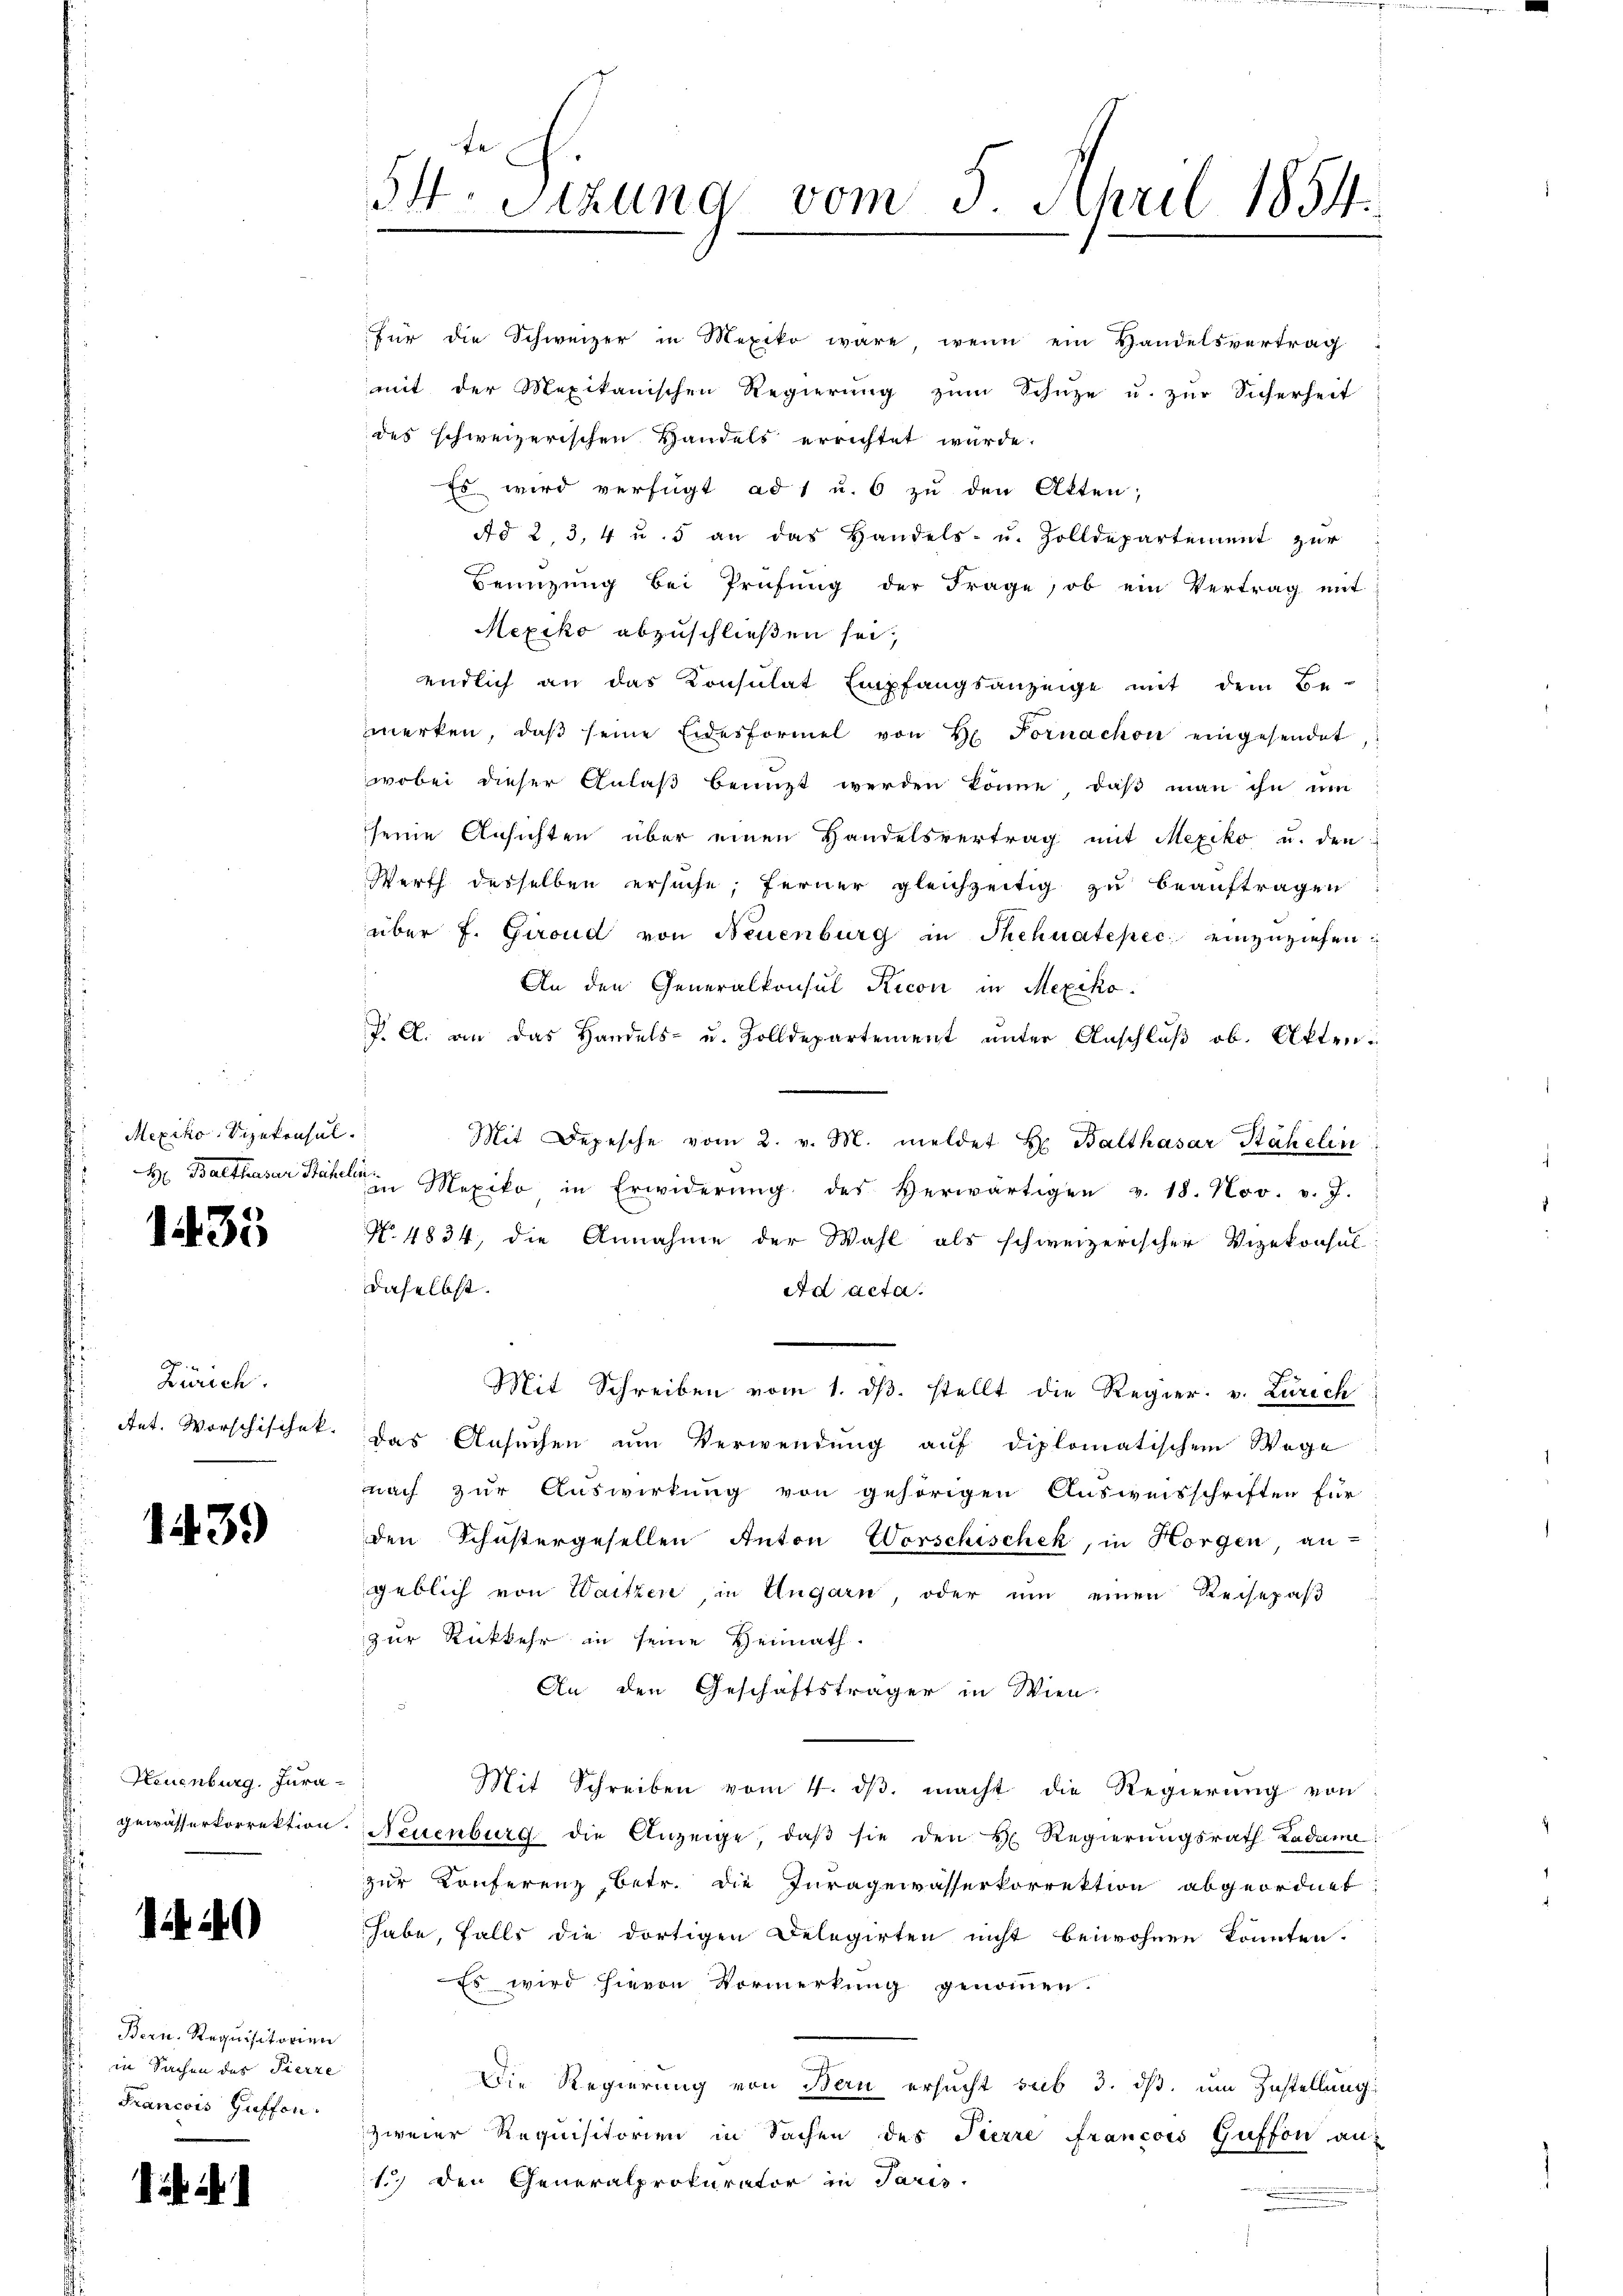
Mexiko Sizekonsul
H. Balthasar Stef

e

35

Zürich.
Ant. Worschischek.

1439)

Neuenburg. Juragewässerkorrektion

12240

Bern. Requisitorien
in Sachen des Pierre
Francois Guffon.

54. Sitzung vom 3. April 1854.
e

für die Schweizer in Mexiko wäre, wenn ein Handelsvertrag
mit der Mexikanischen Regierŭng zŭm Schütze u. zŭr Sicherheit
des schweizerischen Handels errichtet wurde.
Es wird verfügt ad 1 u. 6 zu den Akten;
Ad 2 3, 4 u. 5 an das Handels- u. Zolldepartement zur
Benüzung bei Prüfŭng der Frage, ob ein Vertrag mit
Mexiko abzuschließen sei,
endlich an das Konsulat Empfangsanzeige mit dem Be-
merken, daβ seine Eidesformel von H. Fornachon eingesendet
wobei dieser Anlaβ benützt werden könne daβ man ihn um
seine Ansichten über einen Handelsvertrag mit Mexiko u. den
Werth desselben ersuche, ferner gleichzeitig zu beauftragen
über f. Giroud von Neuenburg in Thehuatepec einzuziehen
An den Generalkonsul Ricon in Mexiko¬
P. C. an das Handels- u. Zolldepartement unter Anschluß ob. Akten¬
Mit Depesche vom 2. v. M. meldet H. Balthasar Stähelin
 Mexiko in Erwiderŭng des Verwärtigen v. 18. Nov. v. J.
No. 4834, die Annahme der Wahl als schweizerischer Vizekonsul
daselbst.
Ad acta.
Mit Schreiben vom 1. dβ. stellt die Regier. v. Zürich
das Ansuchen um Verwendung auf diplomatischem Wege
nach zur Auswirkung von gehörigen Ausweisschriften für
den Schŭstergesellen Anton Vorschischek, in Horgen an-
geblich von Waitzen, in Ungarn, oder um einen Reisepaß
zur Rückkehr in seine Heimath.
An den Geschäftsträger in Wien-
Mit Schreiben vom 4. dβ macht die Regierung von
Neuenburg die Anzeige, daβ sie den H. Regierungsrath Ladame
zur Konferenz, betr. die Inragewasserkorrektion abgeordnet
habe, falls die dortigen Delegirten nicht beiwohnen konnten.
Es wird hievon Vormerkung genommen.
Die Regierung von Bern ersucht sub 3. ds. um Zustellung
zweier Requisitorien in Sachen des Tierre francois Guffon au
1.) Den Generalprokurator in Paris.
.